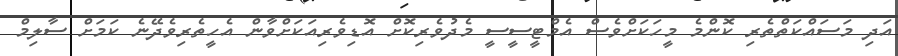
އަދި މަސައްކަތްތެރި ކޮންމެ މީހަކަށްވެސް އެމްޓީސީސީ މެދުވެރިކޮށް އޮޑިވެރިއަކަށްވާން އެހީތެރިވެދޭނެ ކަމަށް ސާލިމް